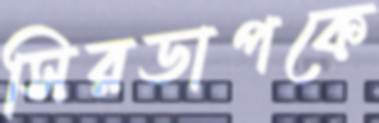
সিরডাপকে